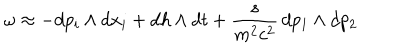
LaTeX: \omega \approx - d p _ { i } \wedge { } d x _ { i } + d h \wedge { } d t + \frac { s } { m ^ { 2 } c ^ { 2 } } \, d p _ { 1 } \wedge { } d p _ { 2 }